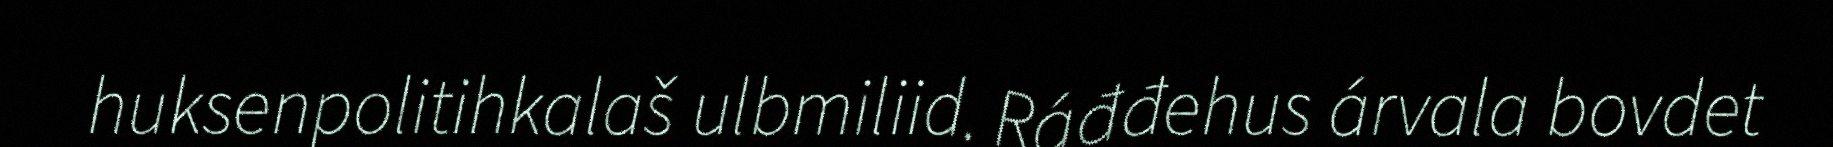
huksenpolitihkalaš ulbmiliid. Ráđđehus árvala bovdet